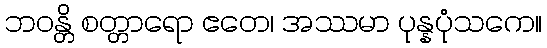
ဘဝန္တိ စတ္တာရော ဧတေ၊ အဿမာ ပုန္နပုံသကေ။